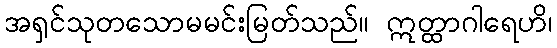
အရှင်သုတသောမမင်းမြတ်သည်။ ဣတ္ထာဂါရေဟိ၊